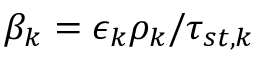
\beta _ { k } = { \epsilon _ { k } \rho _ { k } } / { \tau _ { s t , k } }